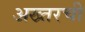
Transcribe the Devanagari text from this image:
अख्तरची